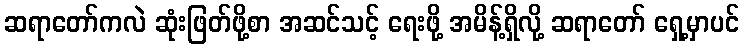
ဆရာတော်ကလဲ ဆုံးဖြတ်ဖို့စာ အဆင်သင့် ရေးဖို့ အမိန့်ရှိလို့ ဆရာတော် ရှေ့မှာပင်